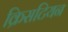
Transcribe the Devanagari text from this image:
क्रिसटियन